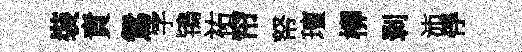
裝責鴛字鴇祐帘帑璮柳剥沛俘